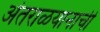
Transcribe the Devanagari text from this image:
अंतराळयानाची